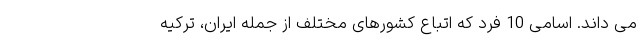
می داند. اسامی 10 فرد که اتباع کشورهای مختلف از جمله ایران، ترکیه